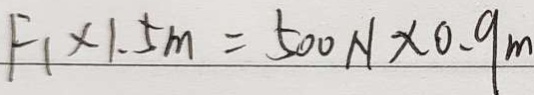
F _ { 1 } \times 1 . 5 m = 5 0 0 N \times 0 . 9 m